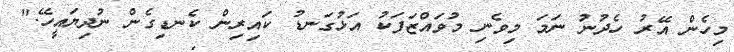
މިހެން އޭރު ހެދުނު ނަމަ މިވެނި މުވައްޒަފަކު އަޅުގަނޑު ކައިރިން ކެނޑިގެން ނުދިޔައީހޭ."